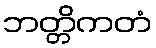
ဘတ္တိကတံ